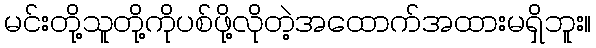
မင်းတို့သူတို့ကိုပစ်ဖို့လိုတဲ့အထောက်အထားမရှိဘူး။